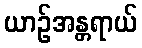
ယာဉ်အန္တရာယ်